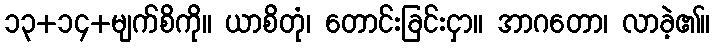
၁၃+၁၄+မျက်စိကို။ ယာစိတုံ၊ တောင်းခြင်းငှာ။ အာဂတော၊ လာခဲ့၏။